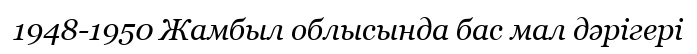
1948-1950 Жамбыл облысында бас мал дәрігері